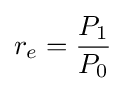
r_{e}={\frac {P_{1}}{P_{0}}}